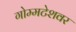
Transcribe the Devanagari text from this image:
गोम्मटेशवर